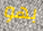
بهو